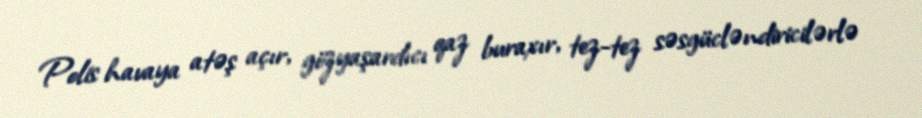
Polis havaya atəş açır, gözyaşardıcı qaz buraxır, tez-tez səsgücləndiricilərlə